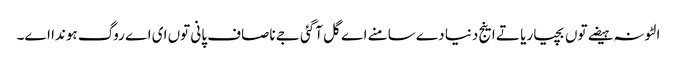
الٹونہ ہیضے توں بچیا ریا تے اینج دنیا دے سامنے اے گل آگئی جے ناصاف پانی توں ای اے روگ ہوندا اے۔